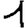
Digit: 1